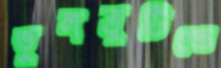
ভুলত্রুটিতে